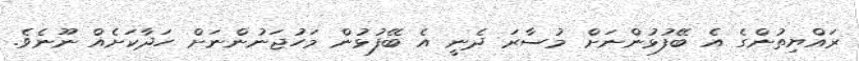
ރައްޔިތުންގެ އެ ބޭފުޅުންނަށް މުސާރަ ދެނީ އެ ބޭފުޅުން މަހުޖަނުންނަށް ހަދާކަށެއް ނޫނެވެ.